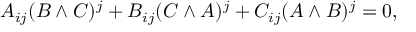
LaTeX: A _ { i j } ( B \wedge C ) ^ { j } + B _ { i j } ( C \wedge A ) ^ { j } + C _ { i j } ( A \wedge B ) ^ { j } = 0 ,